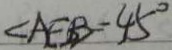
\angle A E B = 4 5 ^ { \circ }